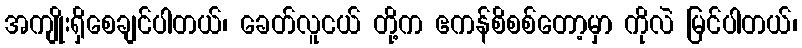
အကျိုးရှိစေချင်ပါတယ်၊ ခေတ်လူငယ် တို့က ဧကန်စိစစ်တော့မှာ ကိုလဲ မြင်ပါတယ်၊